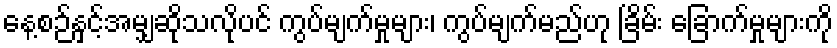
နေ့စဉ်နှင့်အမျှဆိုသလိုပင် ကွပ်မျက်မှုများ၊ ကွပ်မျက်မည်ဟု ခြိမ်း ခြောက်မှုများကို